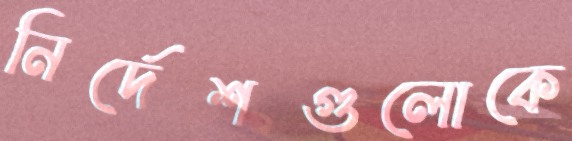
নির্দেশগুলোকে